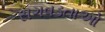
સગવડતાઓ